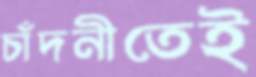
চাঁদনীতেই